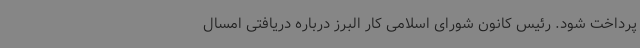
پرداخت شود. رئیس کانون شورای اسلامی کار البرز درباره دریافتی امسال